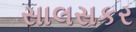
સાલસકર